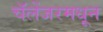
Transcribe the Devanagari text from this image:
चॅलेंजरमधून